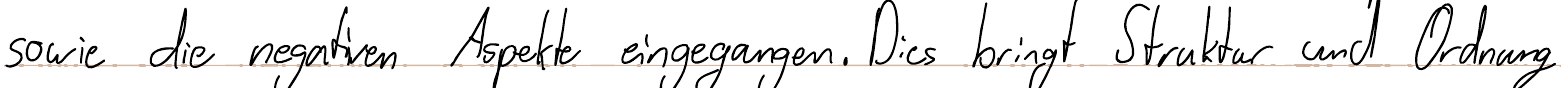
sowie die negativen Aspekte eingegangen. Dies bringt Struktur und Ordnung